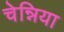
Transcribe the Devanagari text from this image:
चेन्निया